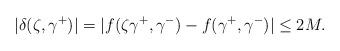
LaTeX: \begin{align*}|\delta(\zeta,\gamma^+)|=|f(\zeta\gamma^+,\gamma^-)-f(\gamma^+,\gamma^-)|\leq 2M.\end{align*}